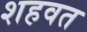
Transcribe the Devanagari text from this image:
शहवत